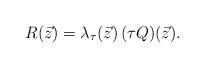
LaTeX: \begin{align*}R (\vec{z}) = \lambda_{\tau} (\vec{z}) \, (\tau Q) (\vec{z}). \end{align*}